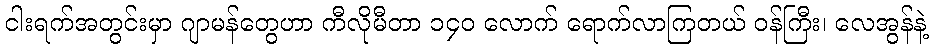
ငါးရက်အတွင်းမှာ ဂျာမန်တွေဟာ ကီလိုမီတာ ၁၄၀ လောက် ရောက်လာကြတယ် ဝန်ကြီး၊ လေအွန်နဲ့